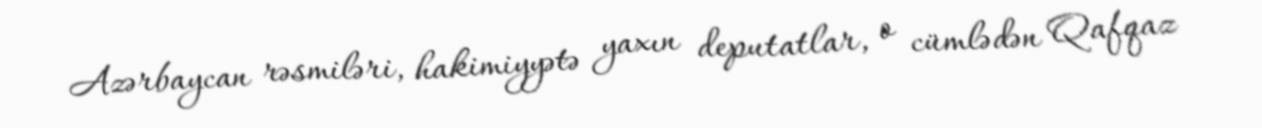
Azərbaycan rəsmiləri, hakimiyyətə yaxın deputatlar, o cümlədən Qafqaz